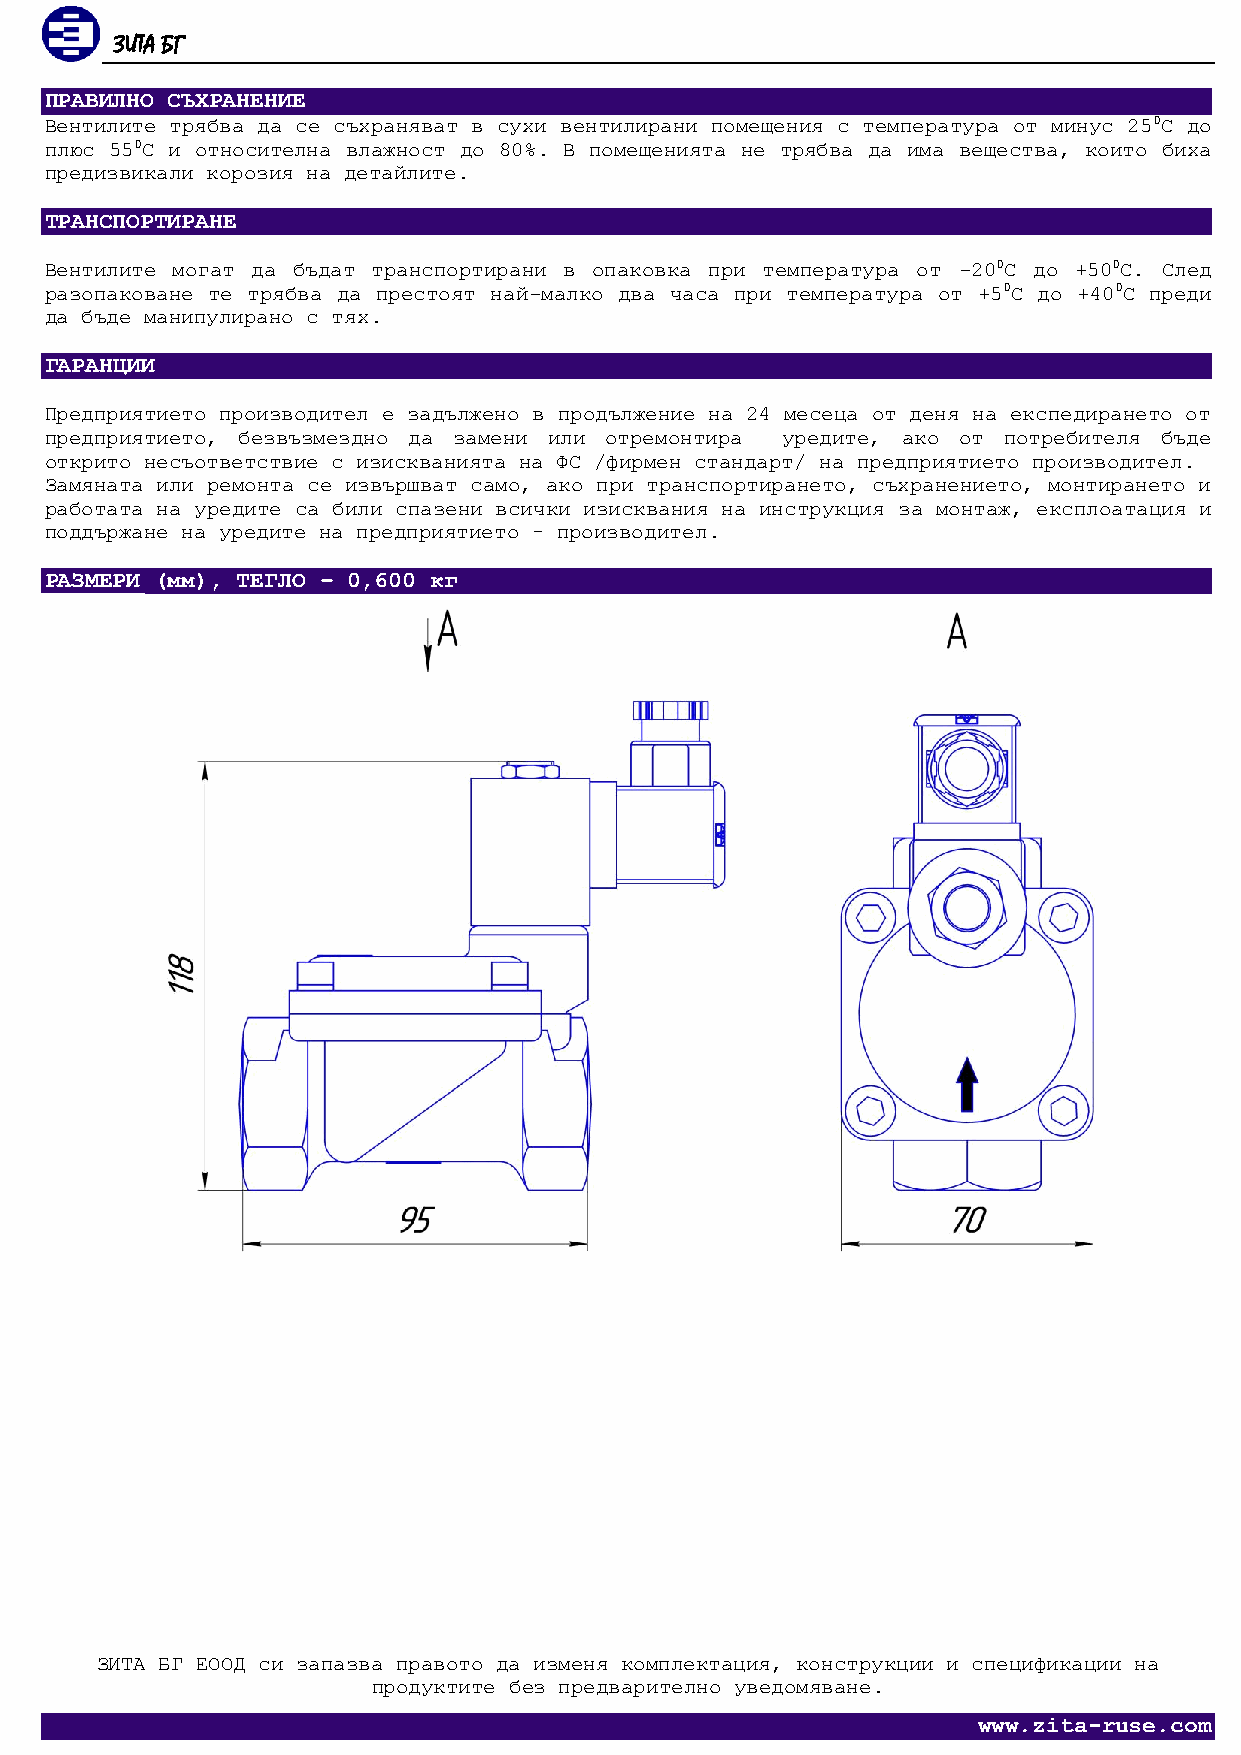
ЗИТА БГ
 ПРАВИЛНО СЪХРАНЕНИЕ
 Вентилите трябва да се съхраняват в сухи вентилирани помещения с температура от минус 250С до
 плюс 550С и относителна влажност до 80%. В помещенията не трябва да има вещества, които биха
 предизвикали корозия на детайлите.
 ТРАНСПОРТИРАНЕ
 Вентилите могат да бъдат транспортирани в опаковка при температура от -200С до +500С. След
 разопаковане те трябва да престоят най-малко два часа при температура от +50С до +400С преди
 да бъде манипулирано с тях.
 ГАРАНЦИИ
 Предприятието производител е задължено в продължение на 24 месеца от деня на експедирането от
 предприятието, безвъзмездно да замени или отремонтира уредите, ако от потребителя бъде
 открито несъответствие с изискванията на ФС /фирмен стандарт/ на предприятието производител.
 Замяната или ремонта се извършват само, ако при транспортирането, съхранението, монтирането и
 работата на уредите са били спазени всички изисквания на инструкция за монтаж, експлоатация и
 поддържане на уредите на предприятието – производител.
 РАЗМЕРИ (мм), ТЕГЛО – 0,600 кг
 ЗИТА БГ ЕООД си запазва правото да изменя комплектация, конструкции и спецификации на
 продуктите без предварително уведомяване.
 www.zita-ruse.com